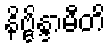
နိဗ္ဗိန္ဒာမီတိ